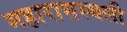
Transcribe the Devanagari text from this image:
महारासस्थली